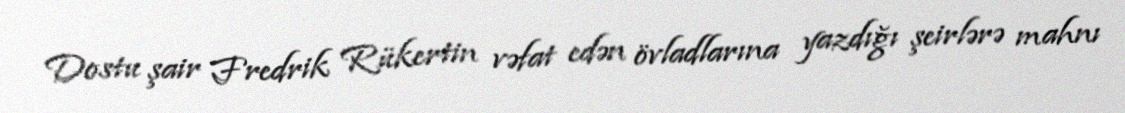
Dostu şair Fredrik Rükertin vəfat edən övladlarına yazdığı şeirlərə mahnı